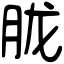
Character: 胧